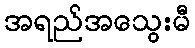
အရည်အသွေးမီ